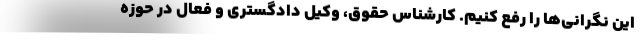
این نگرانی‌ها را رفع کنیم. کارشناس حقوق، وکیل دادگستری و فعال در حوزه